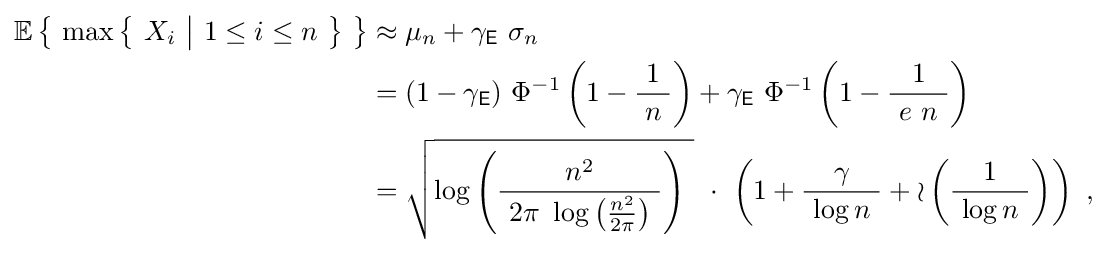
{\begin{aligned}\operatorname {\mathbb {E} } \left\{\ \max \left\{\ X_{i}\ {\big |}\ 1\leq i\leq n\ \right\}\ \right\}&\approx \mu _{n}+\gamma _{\mathsf {E}}\ \sigma _{n}\\&=(1-\gamma _{\mathsf {E}})\ \Phi ^{-1}\left(1-{\frac {\ 1\ }{n}}\right)+\gamma _{\mathsf {E}}\ \Phi ^{-1}\left(1-{\frac {1}{\ e\ n\ }}\right)\\&={\sqrt {\log \left({\frac {n^{2}}{\ 2\pi \ \log \left({\frac {n^{2}}{2\pi }}\right)\ }}\right)~}}\ \cdot \ \left(1+{\frac {\gamma }{\ \log n\ }}+{\mathcal {o}}\left({\frac {1}{\ \log n\ }}\right)\right)\ ,\end{aligned}}